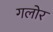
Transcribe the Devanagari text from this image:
गलोर